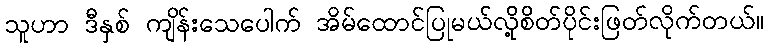
သူဟာ ဒီနှစ် ကျိန်းသေပေါက် အိမ်ထောင်ပြုမယ်လို့စိတ်ပိုင်းဖြတ်လိုက်တယ်။